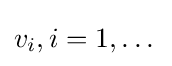
v_{i},i=1,\dots